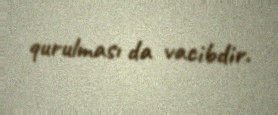
qurulması da vacibdir.